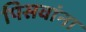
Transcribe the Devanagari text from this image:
पिसवांना